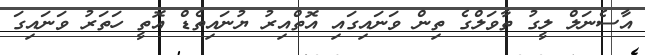
އާސެނަލް ލީގު ތާވަލްގެ ތިން ވަނައިގައި އޮތްއިރު ޔުނައިތެޑް އޮތީ ހަތަރު ވަނައިގަ